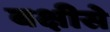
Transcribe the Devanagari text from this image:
बक्षीसे